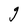
Character: g